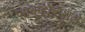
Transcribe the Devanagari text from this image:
फाकहोकशुले